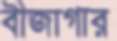
বীজাগার